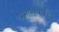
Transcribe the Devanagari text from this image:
प्रभाराववर